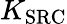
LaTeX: K_{\mathrm{SRC}}